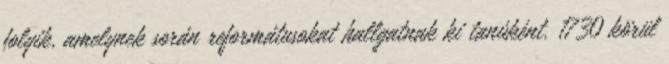
folyik, amelynek során reformátusokat hallgatnak ki tanúként. 1730 körül